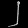
Digit: ၂